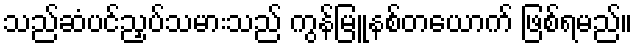
သည်ဆံပင်ညှပ်သမားသည် ကွန်မြူနစ်တယောက် ဖြစ်ရမည်။